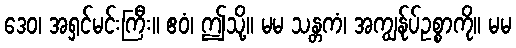
ဒေဝ၊ အရှင်မင်းကြီး။ ဧဝံ၊ ဤသို့။ မမ သန္တကံ၊ အကျွန်ုပ်ဥစ္စာကို။ မမ